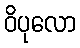
ဝိပုလော